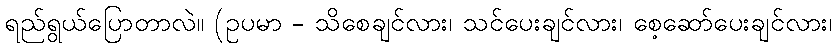
ရည်ရွယ်ပြောတာလဲ။ (ဥပမာ - သိစေချင်လား၊ သင်ပေးချင်လား၊ စေ့ဆော်ပေးချင်လား၊